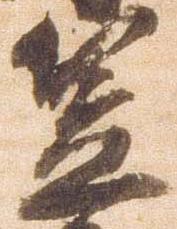
笠